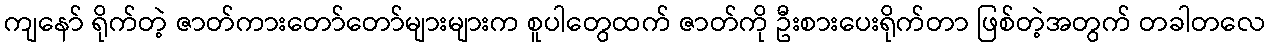
ကျနော် ရိုက်တဲ့ ဇာတ်ကားတော်တော်များများက စူပါတွေထက် ဇာတ်ကို ဦးစားပေးရိုက်တာ ဖြစ်တဲ့အတွက် တခါတလေ